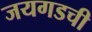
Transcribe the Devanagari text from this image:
जयगडची